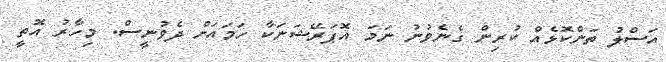
އަސްލު ތަންކޮޅެއް ކުރިން ގެނެވުނު ނަމަ އޮޕަރޭޝަނަކާ ހަމައަށް ދެވުނީސް. މިހާރު އޮތީ